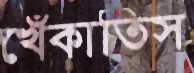
খেঁকাতিস